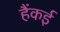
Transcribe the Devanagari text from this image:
हैंकई